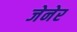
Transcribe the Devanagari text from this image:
जेनेर